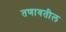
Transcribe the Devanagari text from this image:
तणावतील